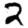
Digit: 2